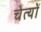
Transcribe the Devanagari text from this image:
चेत्यों